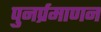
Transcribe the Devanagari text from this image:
पुनर्प्रमाणन